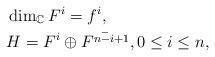
LaTeX: \begin{align*}& \dim_{\mathbb{C}} F^i=f^i, \\& H=F^{i}\oplus \bar{F^{n-i+1}}, 0\le i\le n,\end{align*}